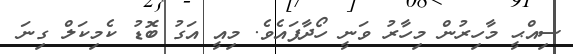
ސިއްޙީ މާހިރުން މިހާރު ވަނީ ހޯދާފައެވެ. މިއީ އަގު ބޮޑު ކެމިކަލް ގިނަ